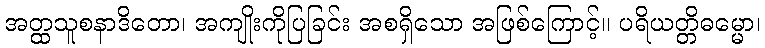
အတ္ထသူစနာဒိတော၊ အကျိုးကိုပြခြင်း အစရှိသော အဖြစ်ကြောင့်။ ပရိယတ္တိဓမ္မော၊